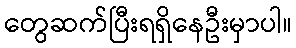
တွေဆက်ပြီးရရှိနေဦးမှာပါ။